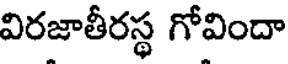
విరజాతీరస్థ గోవిందా